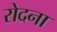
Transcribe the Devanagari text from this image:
रोदना